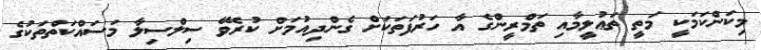
މިކަންކަމަކީ މަތީ ތަޢުލީމާއި ތަމްރީންގެ އާ ހަރުފަތަކަށް ގެންދިއުމަށް ކުރެވޭ ސިލްސިލާ މަސައްކަތްތަކުގެ